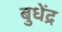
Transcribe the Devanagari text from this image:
बुधेंद्र